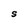
Character: S